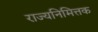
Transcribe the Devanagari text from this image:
राज्यनिमित्तक